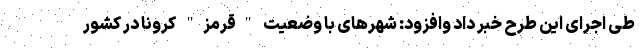
طی اجرای این طرح خبر داد وافزود: شهرهای با وضعیت "قرمز" کرونا در کشور